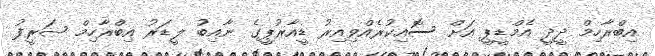
އިބްރާހިމް ދީދީ އެމްޑީޕީ އަށް ސޮއިކުރެއްވިއިރު ޑީއާރުޕީގެ ނާއިބު ލީޑަރު އިބްރާހިމް ޝަރީފު